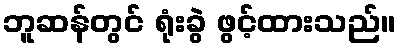
ဘူဆန်တွင် ရုံးခွဲ ဖွင့်ထားသည်။